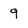
Character: 9